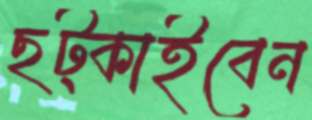
ছট্‌কাইবেন